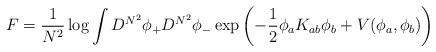
LaTeX: \begin{align*}F = { 1 \over N^2} \log \int D^{N^2} \phi_{+} D^{N^2} \phi_{-} \exp \left( -{1 \over2 } \phi_a K_{ab} \phi_b + V(\phi_a, \phi_b) \right)\end{align*}